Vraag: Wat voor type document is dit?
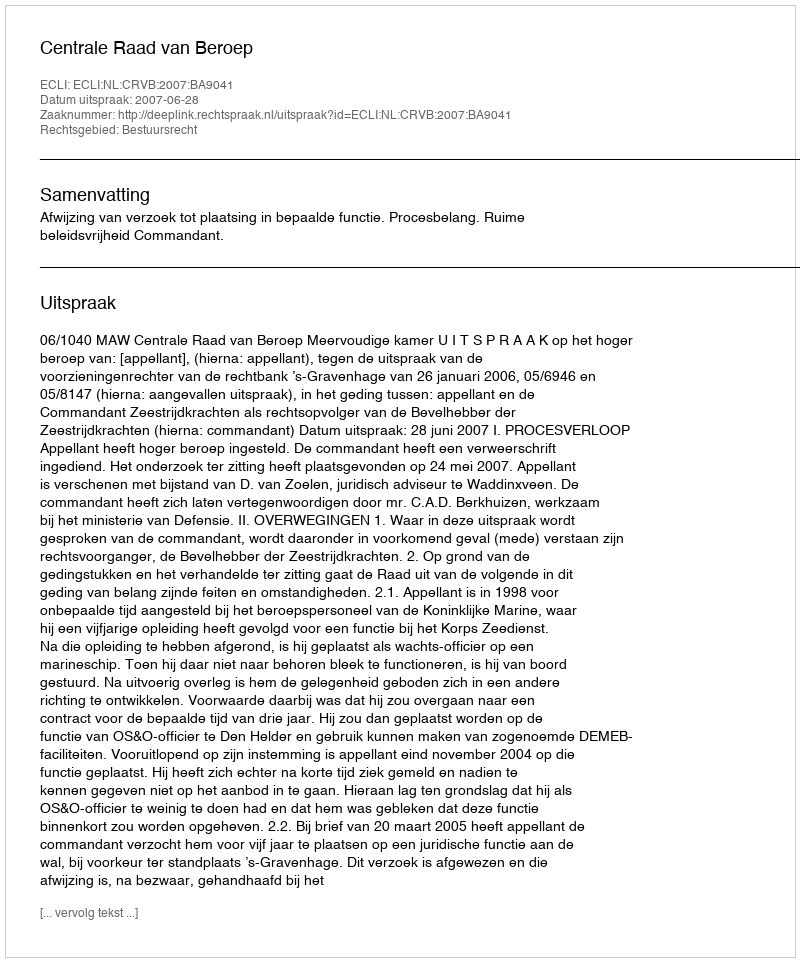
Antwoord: Uitspraak